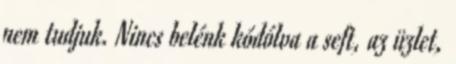
nem tudjuk. Nincs belénk kódólva a seft, az üzlet,